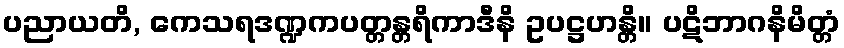
ပညာယတိ, ကေသရဒဏ္ဍကပတ္တန္တရိကာဒီနိ ဥပဋ္ဌဟန္တိ။ ပဋိဘာဂနိမိတ္တံ